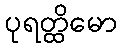
ပုရတ္ထိမော